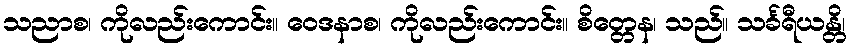
သညာစ၊ ကိုလည်းကောင်း။ ဝေဒနာစ၊ ကိုလည်းကောင်း။ စိတ္တေန၊ သည်။ သင်္ခရီယန္တိ၊